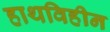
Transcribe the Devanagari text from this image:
हाथविहीन